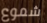
شموع